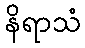
နိရာသံ